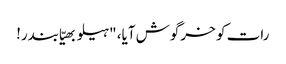
رات کو خرگوش آیا، "ہیلو بھیّا بندر!